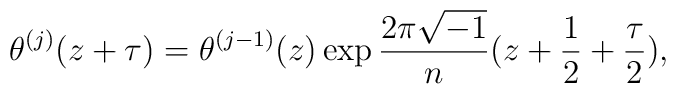
\theta ^{(j)}(z+\tau )=\theta ^{(j-1)}(z)\exp \frac{2\pi \sqrt{-1}}{n}(z+\frac{1}{2}+\frac{\tau }{2}),